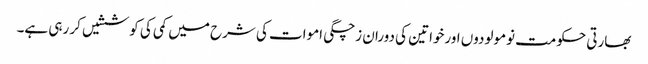
بھارتی حکومت نومولودوں اورخواتین کی دوران زچگی اموات کی شرح میں کمی کی کوششیں کر رہی ہے۔